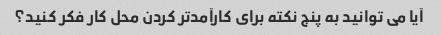
آیا می توانید به پنج نکته برای کارآمدتر کردن محل کار فکر کنید؟